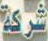
شركة